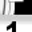
Digit: 1